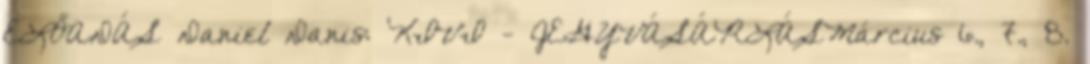
ELŐADÁS Daniel Danis: KIVI - JEGYVÁSÁRLÁSMárcius 6., 7., 8.